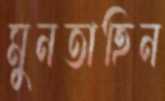
মুনতাহিন